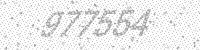
Solution: 977554